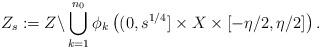
LaTeX: \begin{align*} Z_s:= Z\backslash \bigcup_{k=1}^{n_0}\phi_k\left( (0,s^{1/4}]\times X\times [-\eta/2,\eta/2] \right).\end{align*}